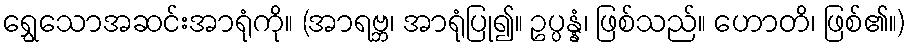
ရွှေသောအဆင်းအာရုံကို။ (အာရဗ္ဘ၊ အာရုံပြု၍။ ဥပ္ပန္နံ၊ ဖြစ်သည်။ ဟောတိ၊ ဖြစ်၏။)